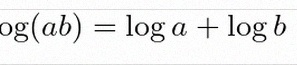
\log(ab)=\log a+\log b